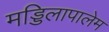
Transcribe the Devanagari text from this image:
मड्डिलापालेम